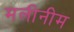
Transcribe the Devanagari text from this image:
मलीनीम